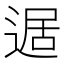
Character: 𲅥